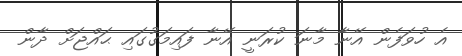
އެ ހުވަފެން އޭނާ މާނަ ކުރަނީ އޭނާ ފައިމަގުގައި ޙައްޖަށް ދާން